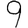
Digit: 9